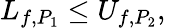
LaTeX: L_{f,P_{1}}\leq U_{f,P_{2}},\,